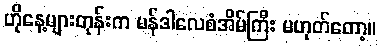
ဟိုနေ့များတုန်းက မန်ဒါလေစံအိမ်ကြီး မဟုတ်တော့။